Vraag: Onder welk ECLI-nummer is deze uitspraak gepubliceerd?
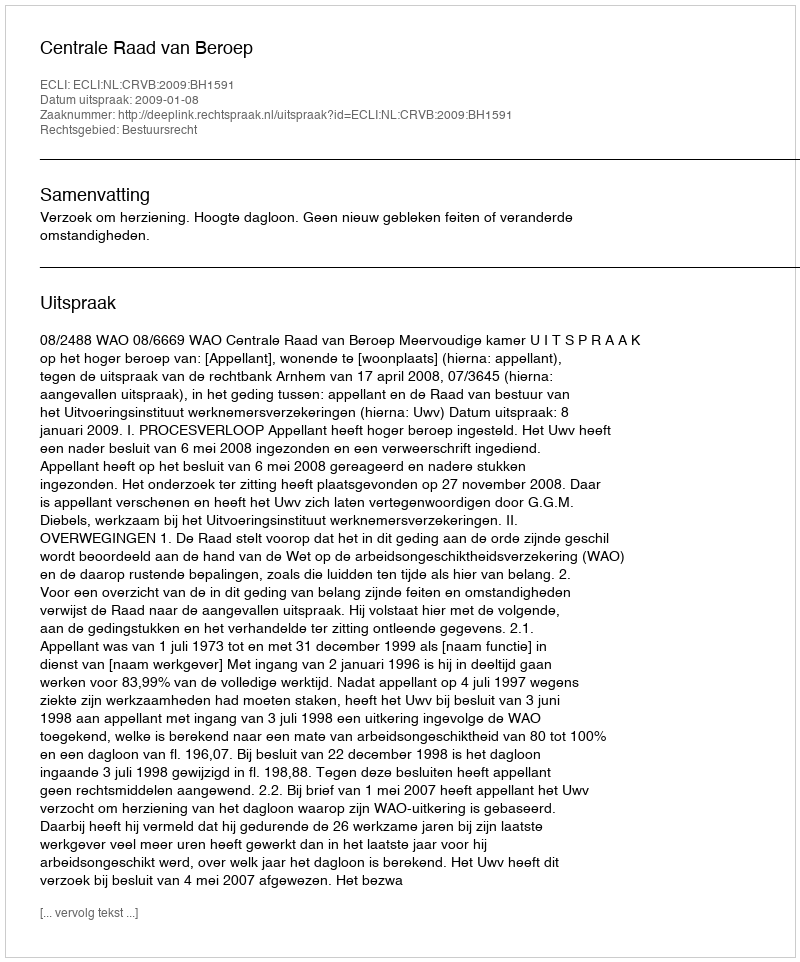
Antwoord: ECLI:NL:CRVB:2009:BH1591